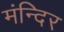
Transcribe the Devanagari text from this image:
मंन्दिर